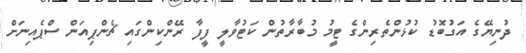
ދުނިޔޭގެ އަގުބޮޑު ކުޅުންތެރިންގެ ޓީމު މުބާރާތުން ކަޓުވާލީ ފީފާ ރޭންކިންގައި ޗެންޕިއަން ސްޕެއިނަށް